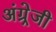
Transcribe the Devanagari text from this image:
अंग्र्रेजी